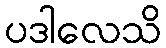
ပဒါလေသိ